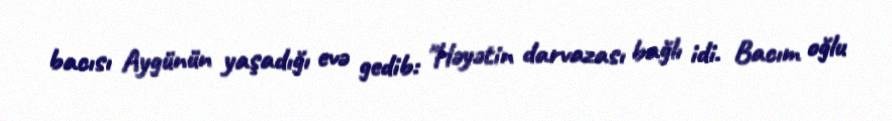
bacısı Aygünün yaşadığı evə gedib: "Həyətin darvazası bağlı idi. Bacım oğlu